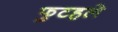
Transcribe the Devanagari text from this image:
फुटहले